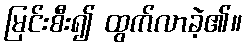
မြင်းစီး၍ ထွက်လာခဲ့၏။